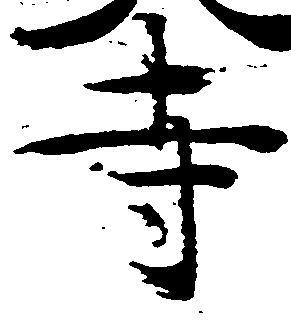
寺